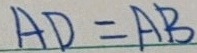
A D = A B